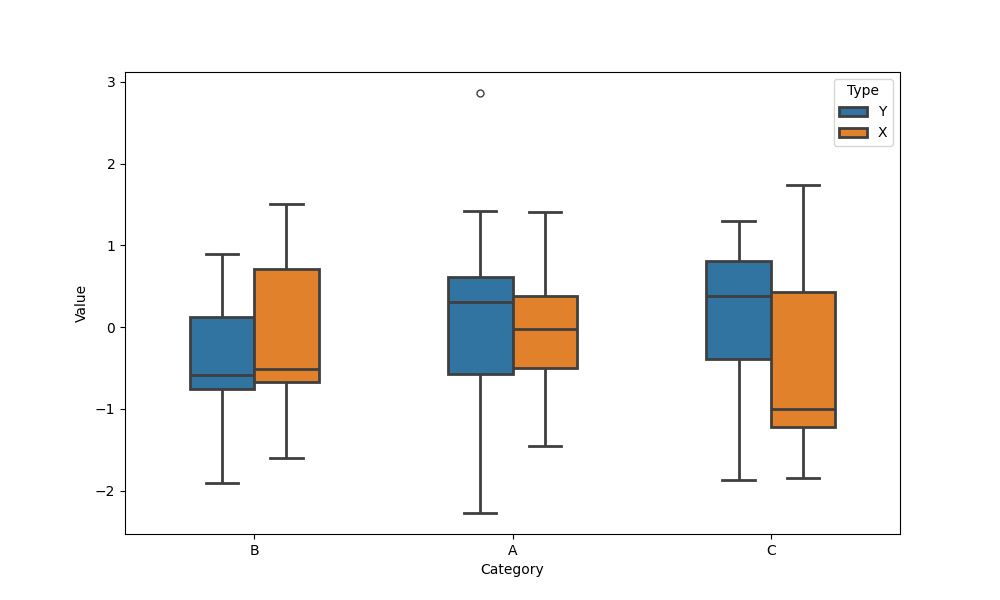
python, seaborn, boxplot, width=0.5, linewidth=2, fliersize=5, notch=False